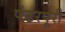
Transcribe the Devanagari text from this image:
पंढरपूरी